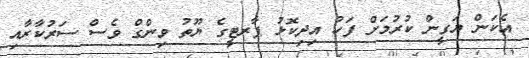
އެކަން ޔަގީން ކުރުމަށް ފަހު އިދިކޮޅު ޕާރޓީގެ ޔޫތު ވިންގް ވެސް ސަރުކާރާއި